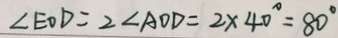
\angle E O D = 2 \angle A O D = 2 \times 4 0 ^ { \circ } = 8 0 ^ { \circ }